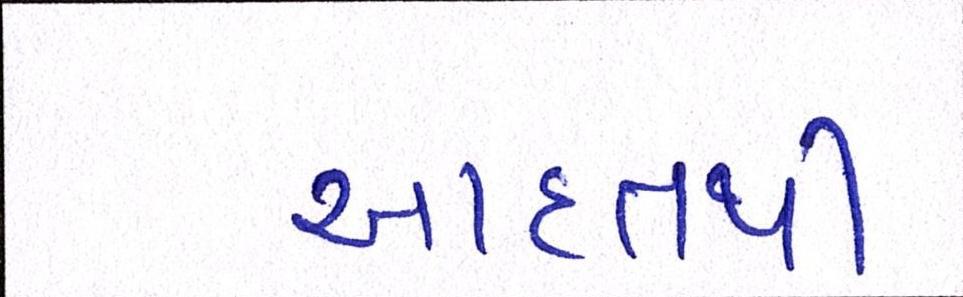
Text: આદતથી